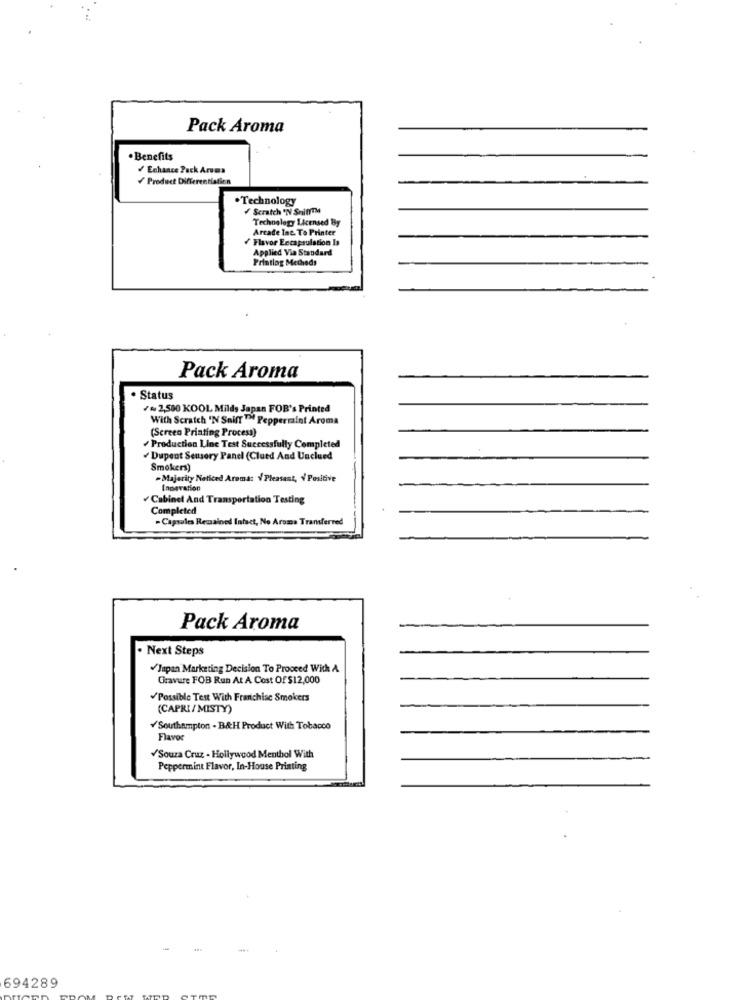
Pack Aroma
. Benefits
/Enhance Pack Aroma
/ Product Differentiation
·Technology
/ Scratch 'N SniffTM
Technology Licensed By
Arcade Ine. To Printer
Flavor Encapsulation Is
Applied Via Standard
Printlog Methods
Pack Aroma
Status
+2,500 KOOL Milds Japan FOR's Printed
With Scratch 'N Sniff ™> Peppermint Aroma
(Screen Printing Process)
Production Line Test Successfully Completed
Dupont Sensory Panel (Clued And Unclued
Smokers)
-Majority Noticed Aroma: \ Pleasant, V/ Positive
Innovation
Cabinet And Transportation Testing
Completed
-Capsules Remained Infact, No Aroma Transferred
Pack Aroma
. Next Steps
.Japan Marketing Decision To Proceed With A
Gravure FOB Run At A Cost Of $12,000
Possible Test With Franchise Smokers
(CAPRI/MISTY)
Southampton - B&H Product With Tobacco
Flavor
/Souza Cruz - Hollywood Menthol With
Peppermint Flavor, In-House Printing
694289